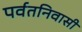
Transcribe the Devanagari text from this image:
पर्वतनिवासी